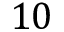
1 0